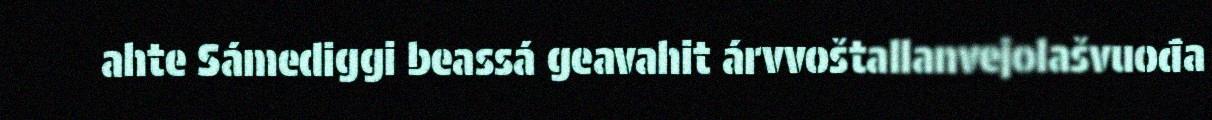
ahte Sámediggi beassá geavahit árvvoštallanvejolašvuođa